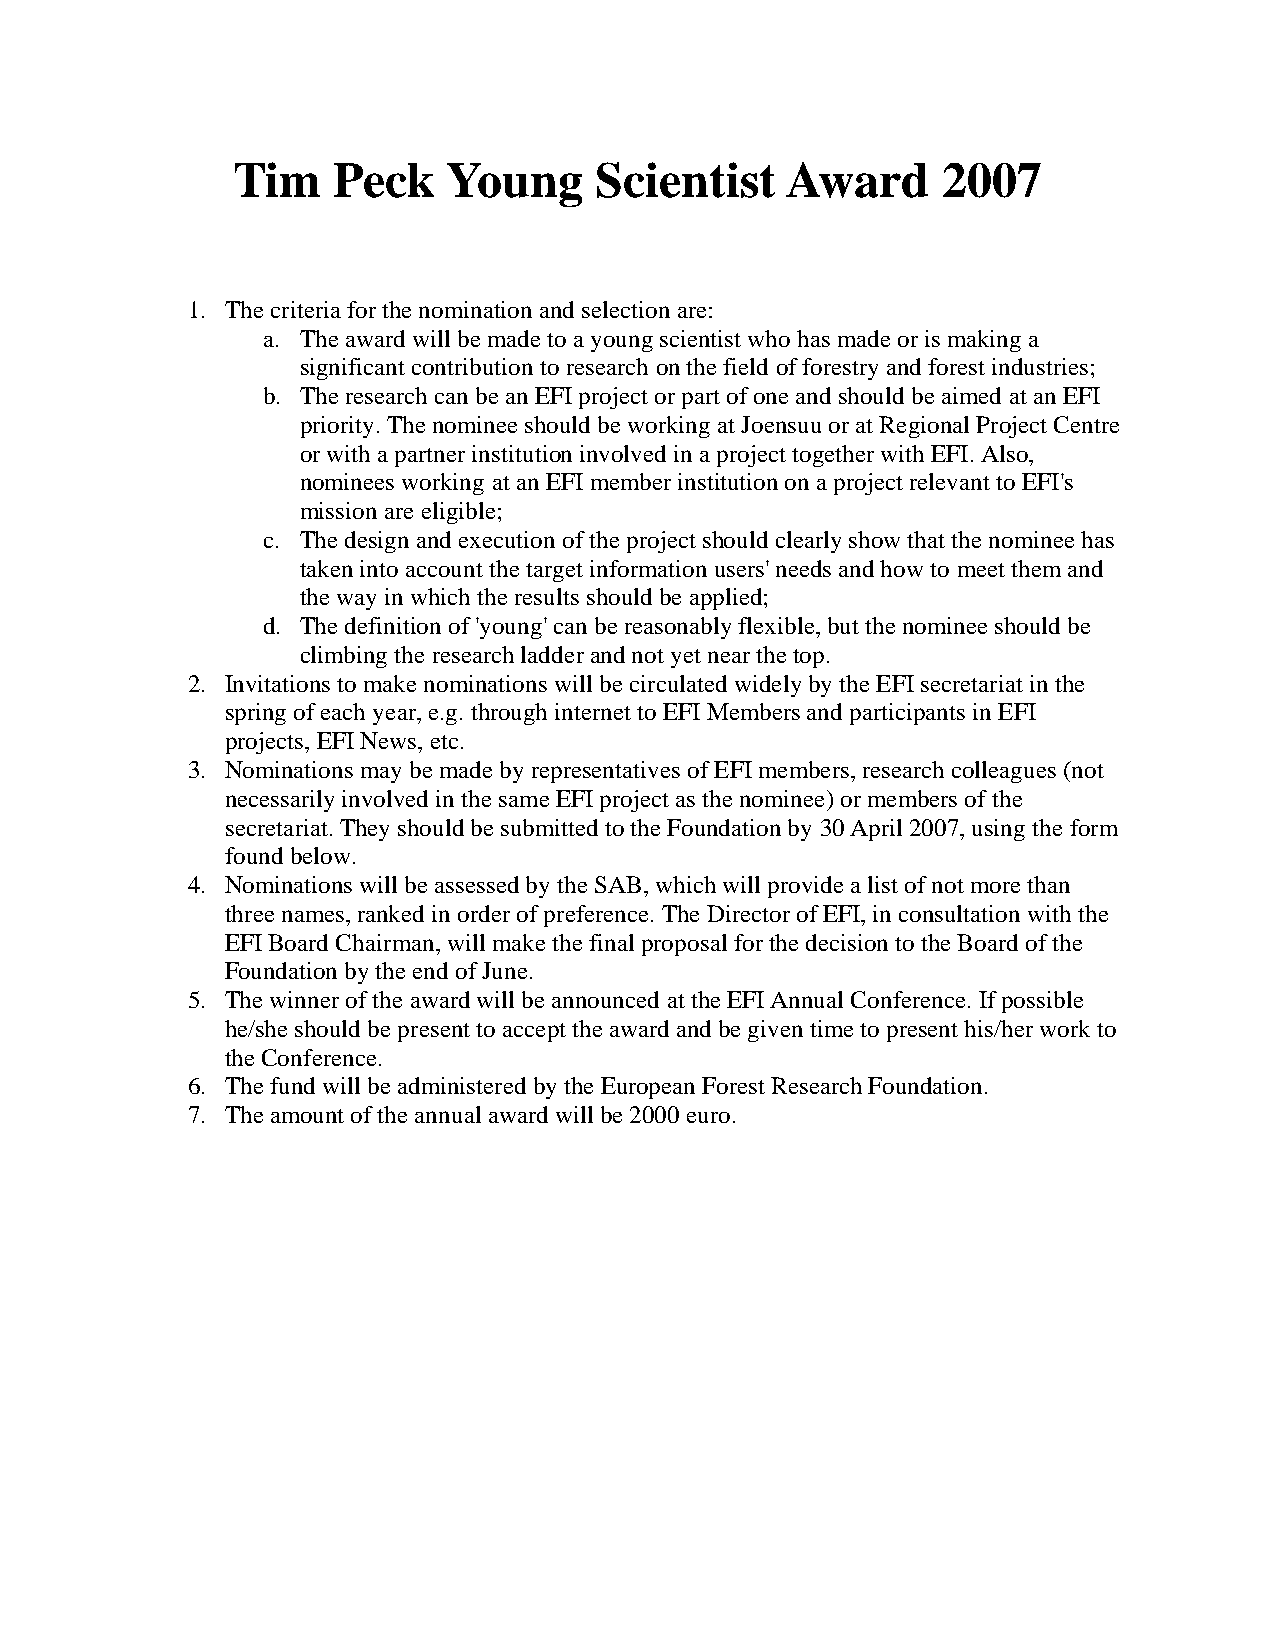
Tim    Peck    Young    Scientist    Award     2007
 1. The criteria for the nomination and selection are:
 a. The award will be made to a young scientist who has made or is making a
 significant contribution to research on the field of forestry and forest industries;
 b. The research can be an EFI project or part of one and should be aimed at an EFI
 priority. The nominee should be working at Joensuu or at Regional Project Centre
 or with a partner institution involved in a project together with EFI. Also,
 nominees working at an EFI member institution on a project relevant to EFI's
 mission are eligible;
 c. The design and execution of the project should clearly show that the nominee has
 taken into account the target information users' needs and how to meet them and
 the way in which the results should be applied;
 d. The definition of 'young' can be reasonably flexible, but the nominee should be
 climbing the research ladder and not yet near the top.
 2. Invitations to make nominations will be circulated widely by the EFI secretariat in the
 spring of each year, e.g. through internet to EFI Members and participants in EFI
 projects, EFI News, etc.
 3. Nominations may be made by representatives of EFI members, research colleagues (not
 necessarily involved in the same EFI project as the nominee) or members of the
 secretariat. They should be submitted to the Foundation by 30 April 2007, using the form
 found below.
 4. Nominations will be assessed by the SAB, which will provide a list of not more than
 three names, ranked in order of preference. The Director of EFI, in consultation with the
 EFI Board Chairman, will make the final proposal for the decision to the Board of the
 Foundation by the end of June.
 5. The winner of the award will be announced at the EFI Annual Conference. If possible
 he/she should be present to accept the award and be given time to present his/her work to
 the Conference.
 6. The fund will be administered by the European Forest Research Foundation.
 7. The amount of the annual award will be 2000 euro.